Scottish Leaving Certificate Examination, 1951
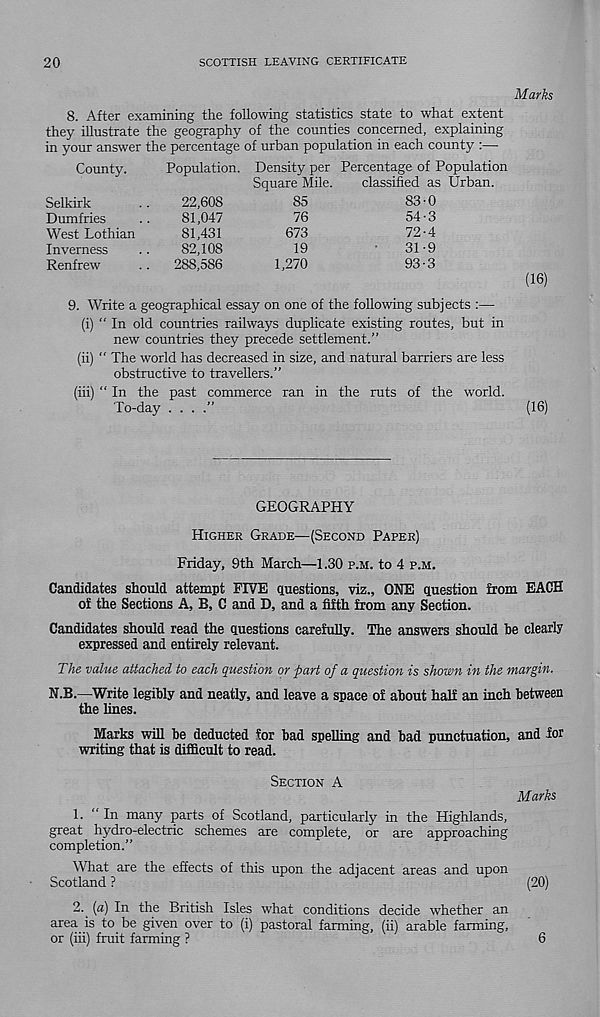
20
SCOTTISH LEAVING CERTIFICATE
Marks
8. After examining the following statistics state to what extent
they illustrate the geography of the counties concerned, explaining
in your answer the percentage of urban population in each county :—
County.
Population.
Selkirk
Dumfries
West Lothian
Inverness
Renfrew
22,608
81,047
81,431
82,108
288,586
Density per
Square Mile.
85
76
673
19
1,270
Percentage of Population
classified
83
54
72
31
as Urban.
0
3
4
9
93-3
(16)
9. Write a geographical essay on one of the following subjects :—
(i) “ In old countries railways duplicate existing routes, but in
new countries they precede settlement.”
(ii) " The world has decreased in size, and natural barriers are less
obstructive to travellers.”
(iii) “ In the past commerce ran in the ruts of the world.
To-day . . . ."
(16)
GEOGRAPHY
HIGHER GRADE—(SECOND PAPER)
Friday, 9th March—1.30 P.M. to 4 P.M.
Candidates should attempt FIVE questions, viz., ONE question from EACH
of the Sections A, B, C and D, and a fifth from any Section.
Candidates should read the questions carefully. The answers should be clearly
expressed and entirely relevant.
The value attached to each question or part of a question is shown in the margin.
N.B.—Write legibly and neatly, and leave a space of about half an inch between
the lines.
Marks will be deducted for bad spelling and bad punctuation, and for
writing that is difficult to read.
SECTION A
Marks
1. “In many parts of Scotland, particularly in the Highlands,
great hydro-electric schemes are complete, or are approaching
completion.”
What are the effects of this upon the adjacent areas and upon
Scotland ?
(20)
2. [a) In the British Isles what conditions decide whether an
area is to be given over to (i) pastoral farming, (ii) arable farming,
or (iii) fruit farming ?
6